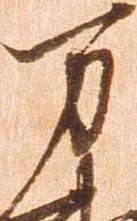
万